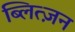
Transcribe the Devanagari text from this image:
ब्लित्ज़न